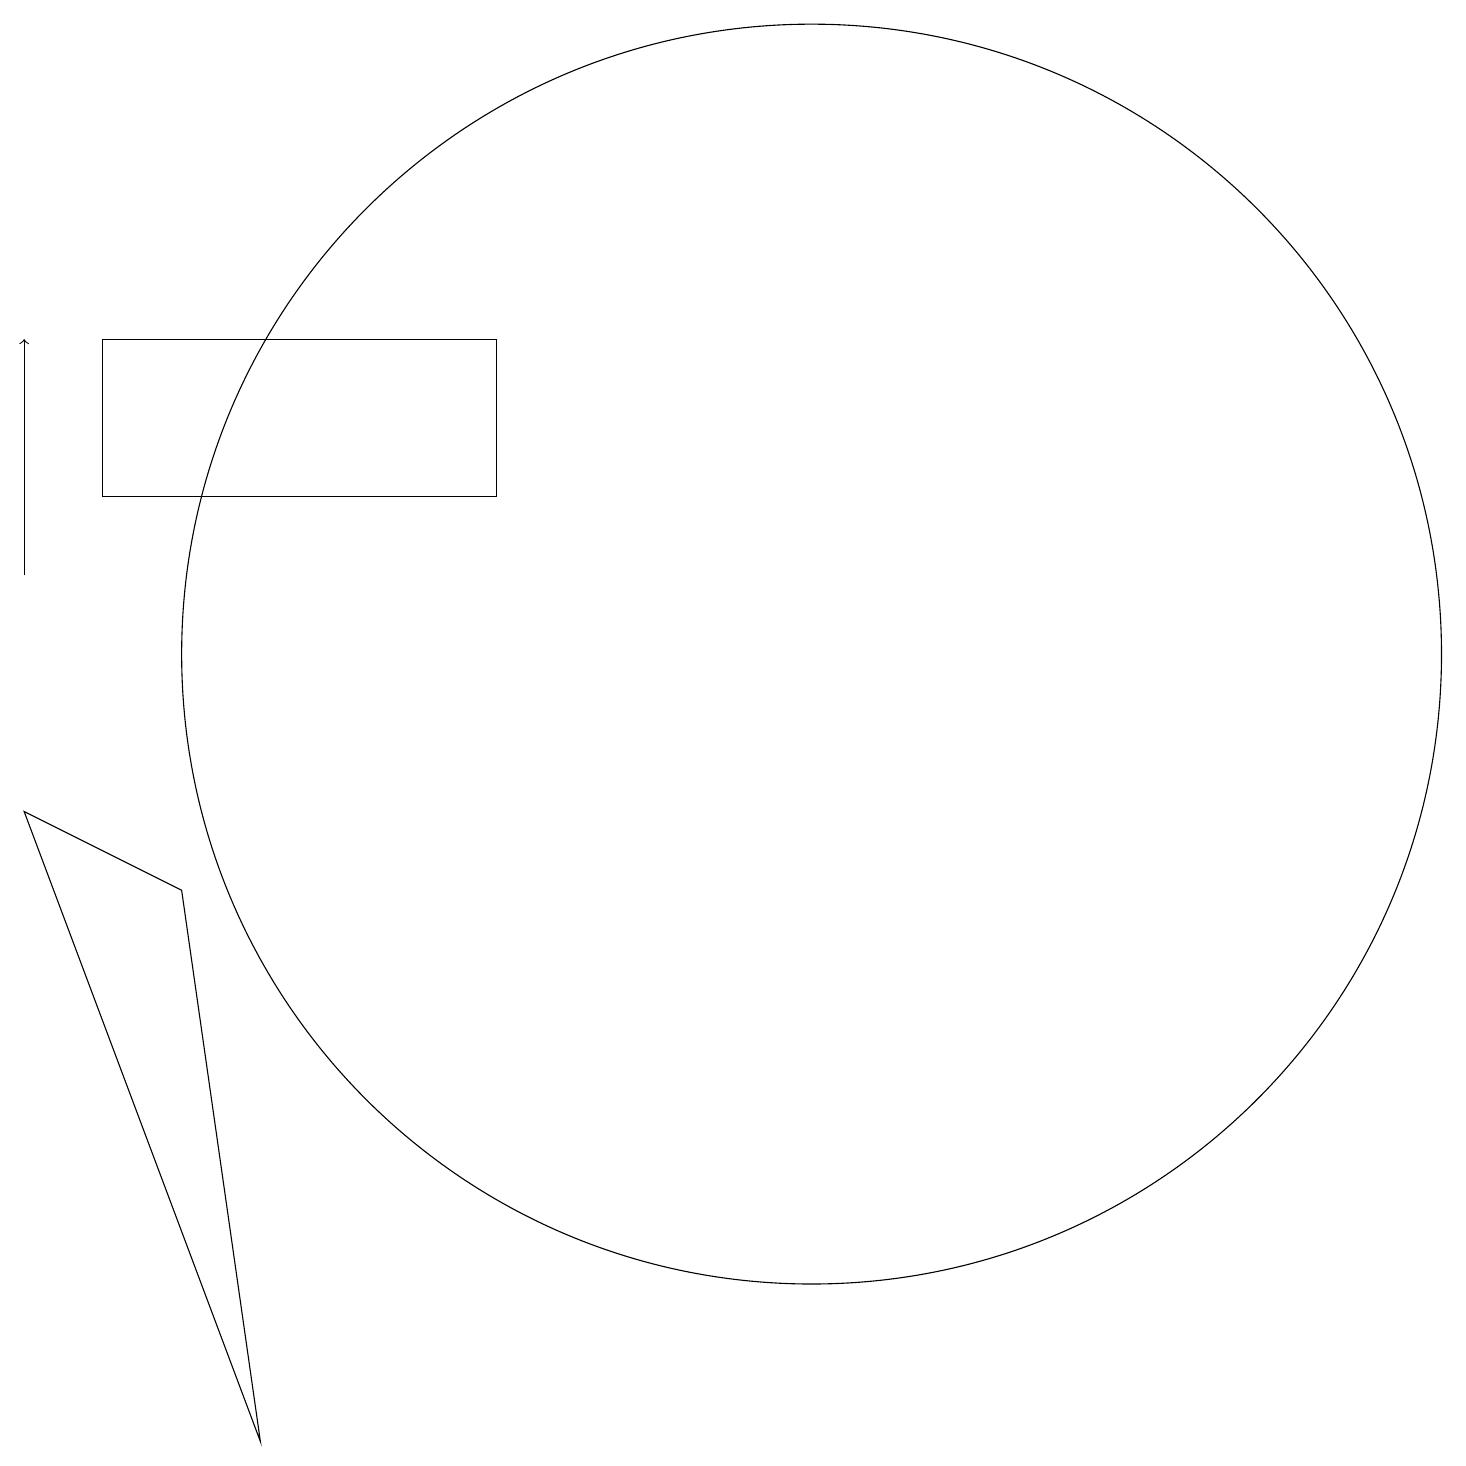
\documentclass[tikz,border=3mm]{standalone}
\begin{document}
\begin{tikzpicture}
\draw (10,10) circle (8);
\draw (2,7) -- (3,0) -- (0,8) -- cycle;
\draw (11,10) circle (0);
\draw[->] (0,11) -- (0,14);
\draw (1,12) rectangle (6,14);
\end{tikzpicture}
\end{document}